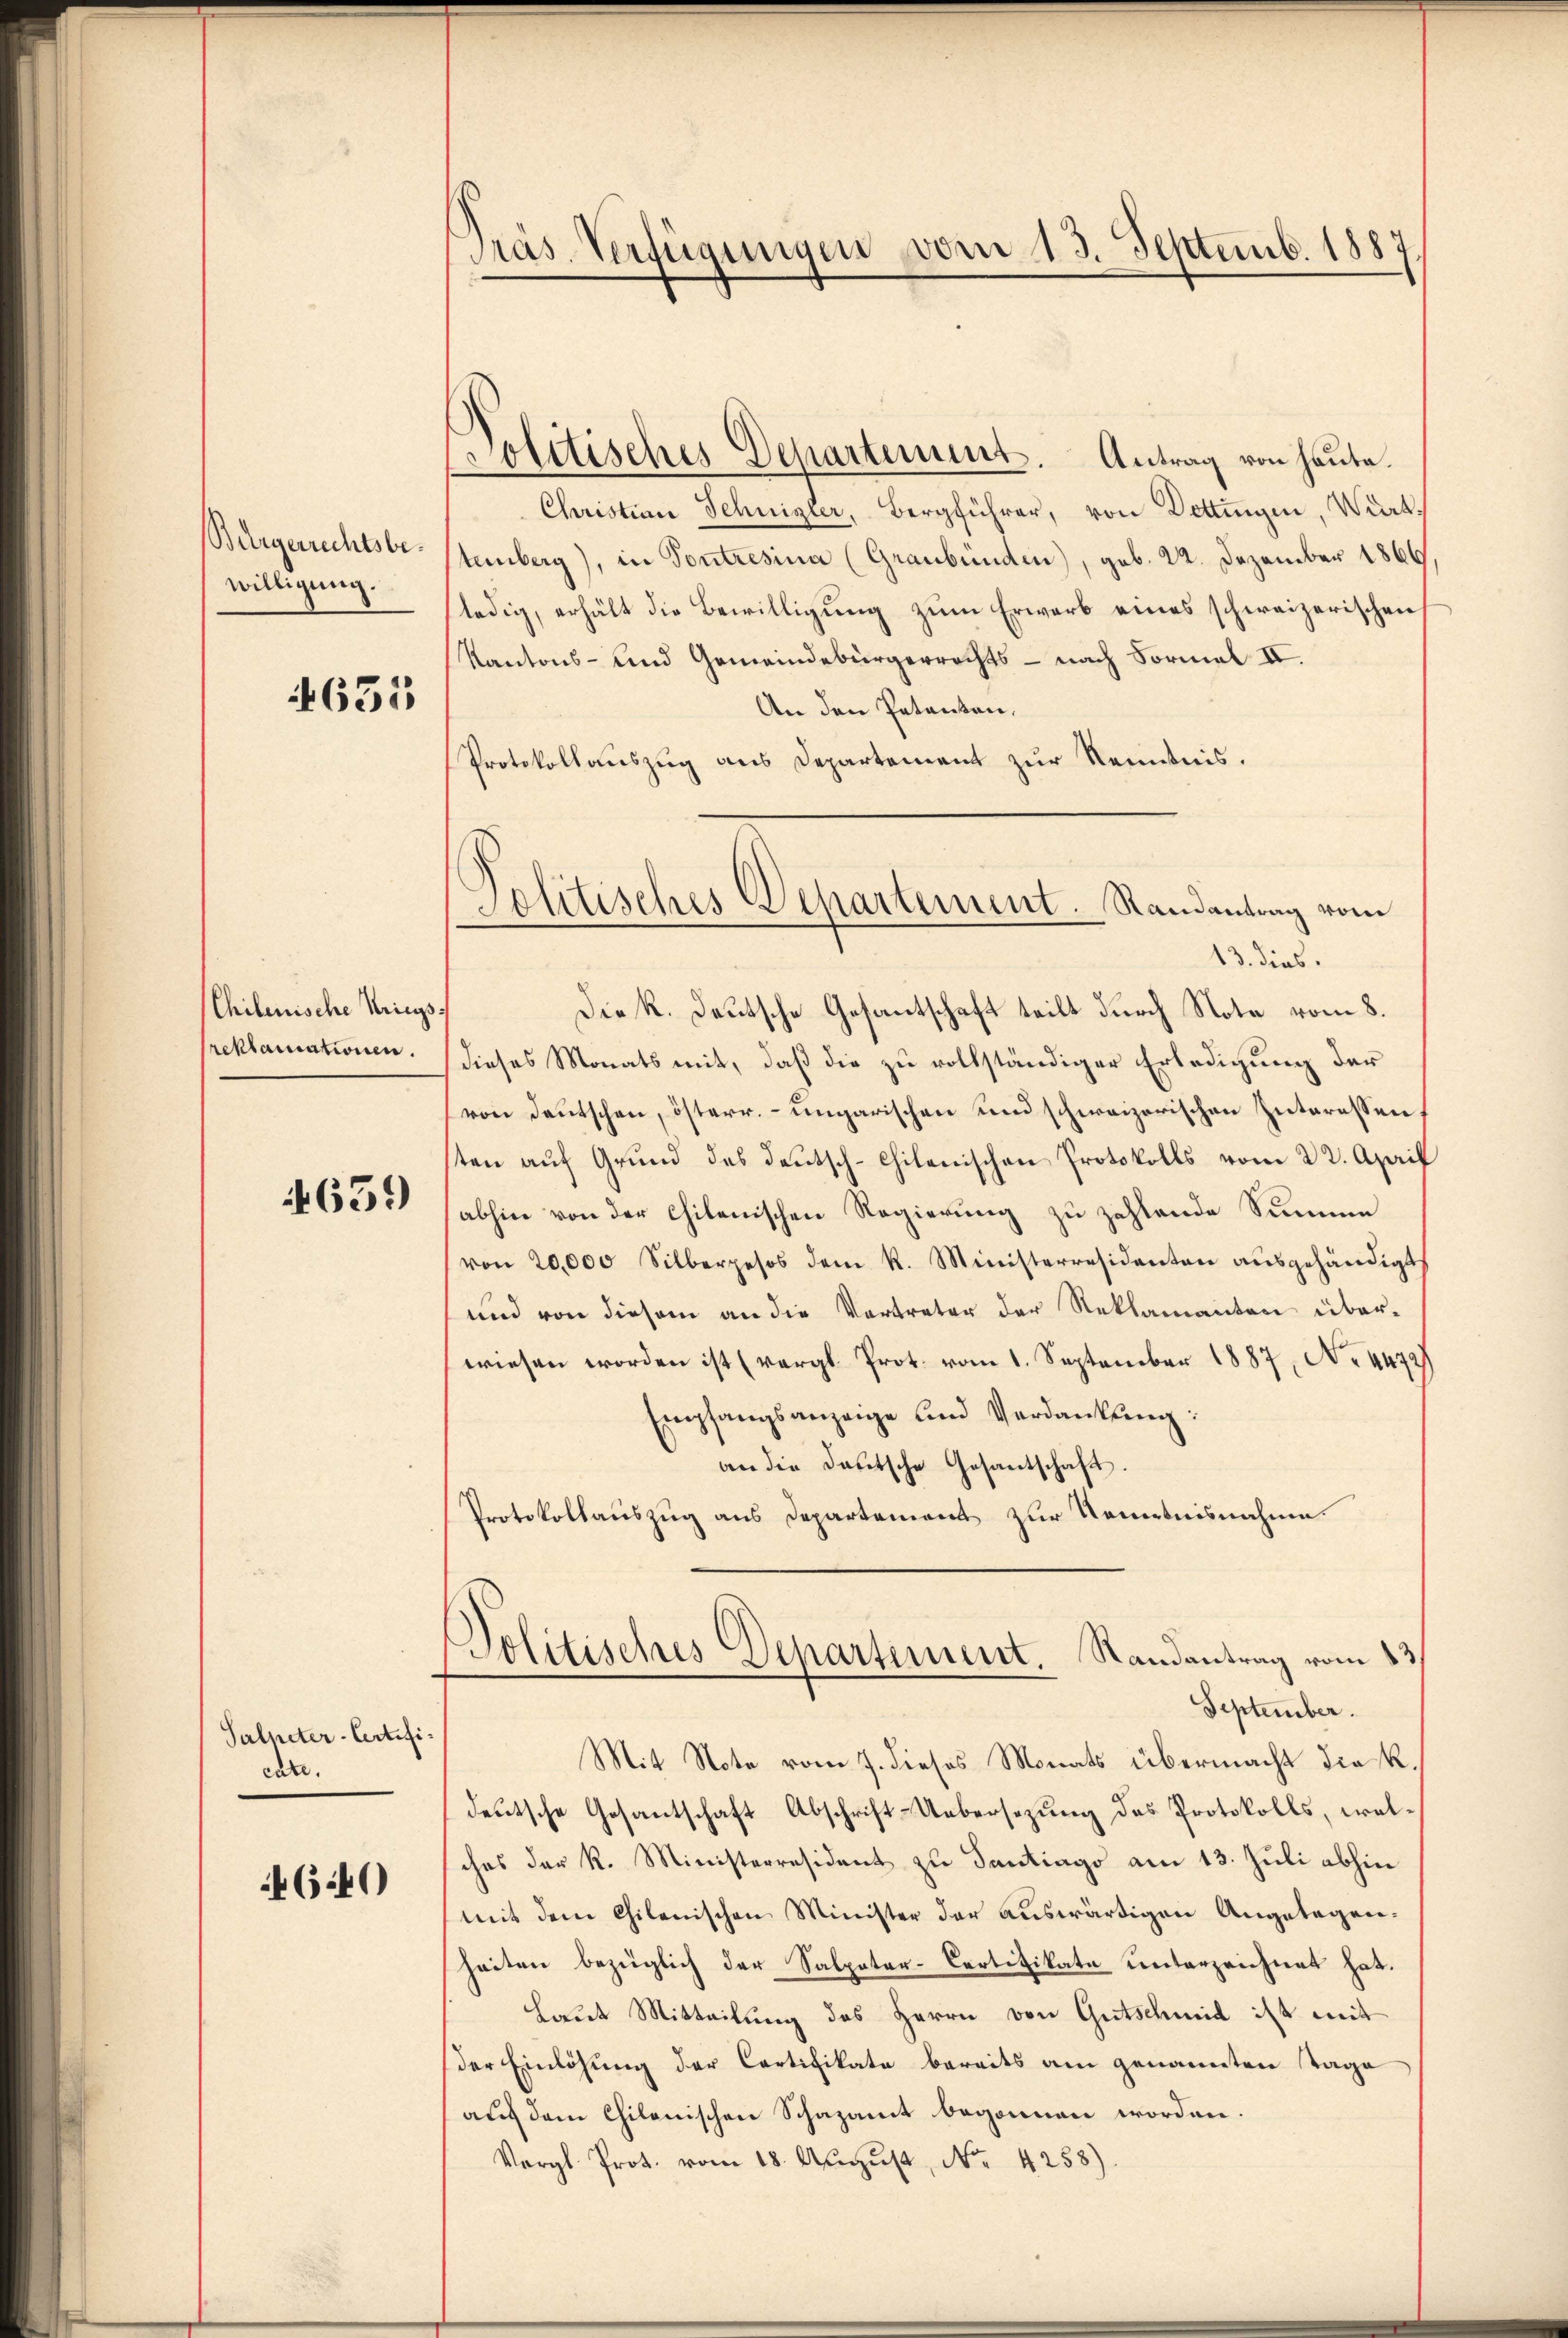
Bürgerrechtsbewilligung.

631

Chilenische Kriegs
reklamationen.

639)

Salpeter-Certificate.

4640)

Präs. Verfügungen vom 13. Septemb. 1887.

Politisches Departement. Randantrag vom

Politisches Departement. Antrag von heute.
Christian Schnizler, Bergführer, von Dettingen, Wirt-
temberg), in Contresina (Graubünden), geb. 22. Dezember 1866,
ledig, erhält die Bewilligung zum Erwarb eines schweizerischen
Kantons- und Gemeindebürgerrechts - nach Formal II.
An den Petenten,
Protokollauszug aus Departement zur Kenntnis.
13. dies.
Die K. Deutsche Gesantschaft teilt durch Note vom 8.
dieses Monats mit, daß die zu vollständiger Erledigung der
(von deutschen, österr. ungarischen und schweizerischen Interessen,
sten auf Grund des Deutsch-Chilenischen Protokolls vom 22. April
abhin von der Chilenischen Regierung zu zahlende Summe
von 20,000 Silberpesos dem R. Ministerresidenten aŭsgehändigt
und von diesem an die Vertreter der Reklamanten überwiesen worden ist (vergl. Prot. vom 1. September 1887, No. 4472)
Empfangsanzeige und Verdankung:
an die deutsche Gesantschaft.
Protokollauszug aus Departement zur Kenntnisnahme.
Politisches Departement. Randantrag vom 13.
September.
Mit Note vom 7. dieses Monats übermacht die K.
deutsche Gesantschaft Abschrift-Uebersezung des Protokolls, welches der R. Ministerresident zu Santiago am 13. Juli abhin
mit dem Chilenischen Minister der auswärtigen Angelegenheiten bezüglich der Salpeter-Certifikate unterzeichnet hat.
Laut Mitteilung des Herrn von Gutschmid ist mit
der Einlösung der Cartifikate bereits am genannten Tage
auf dem Chilenischen Schazamt begonnen worden.
Vergl. Prot. vom 18. August, No. 4258).